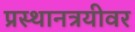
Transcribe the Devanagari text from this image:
प्रस्थानत्रयीवर